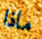
ماذا